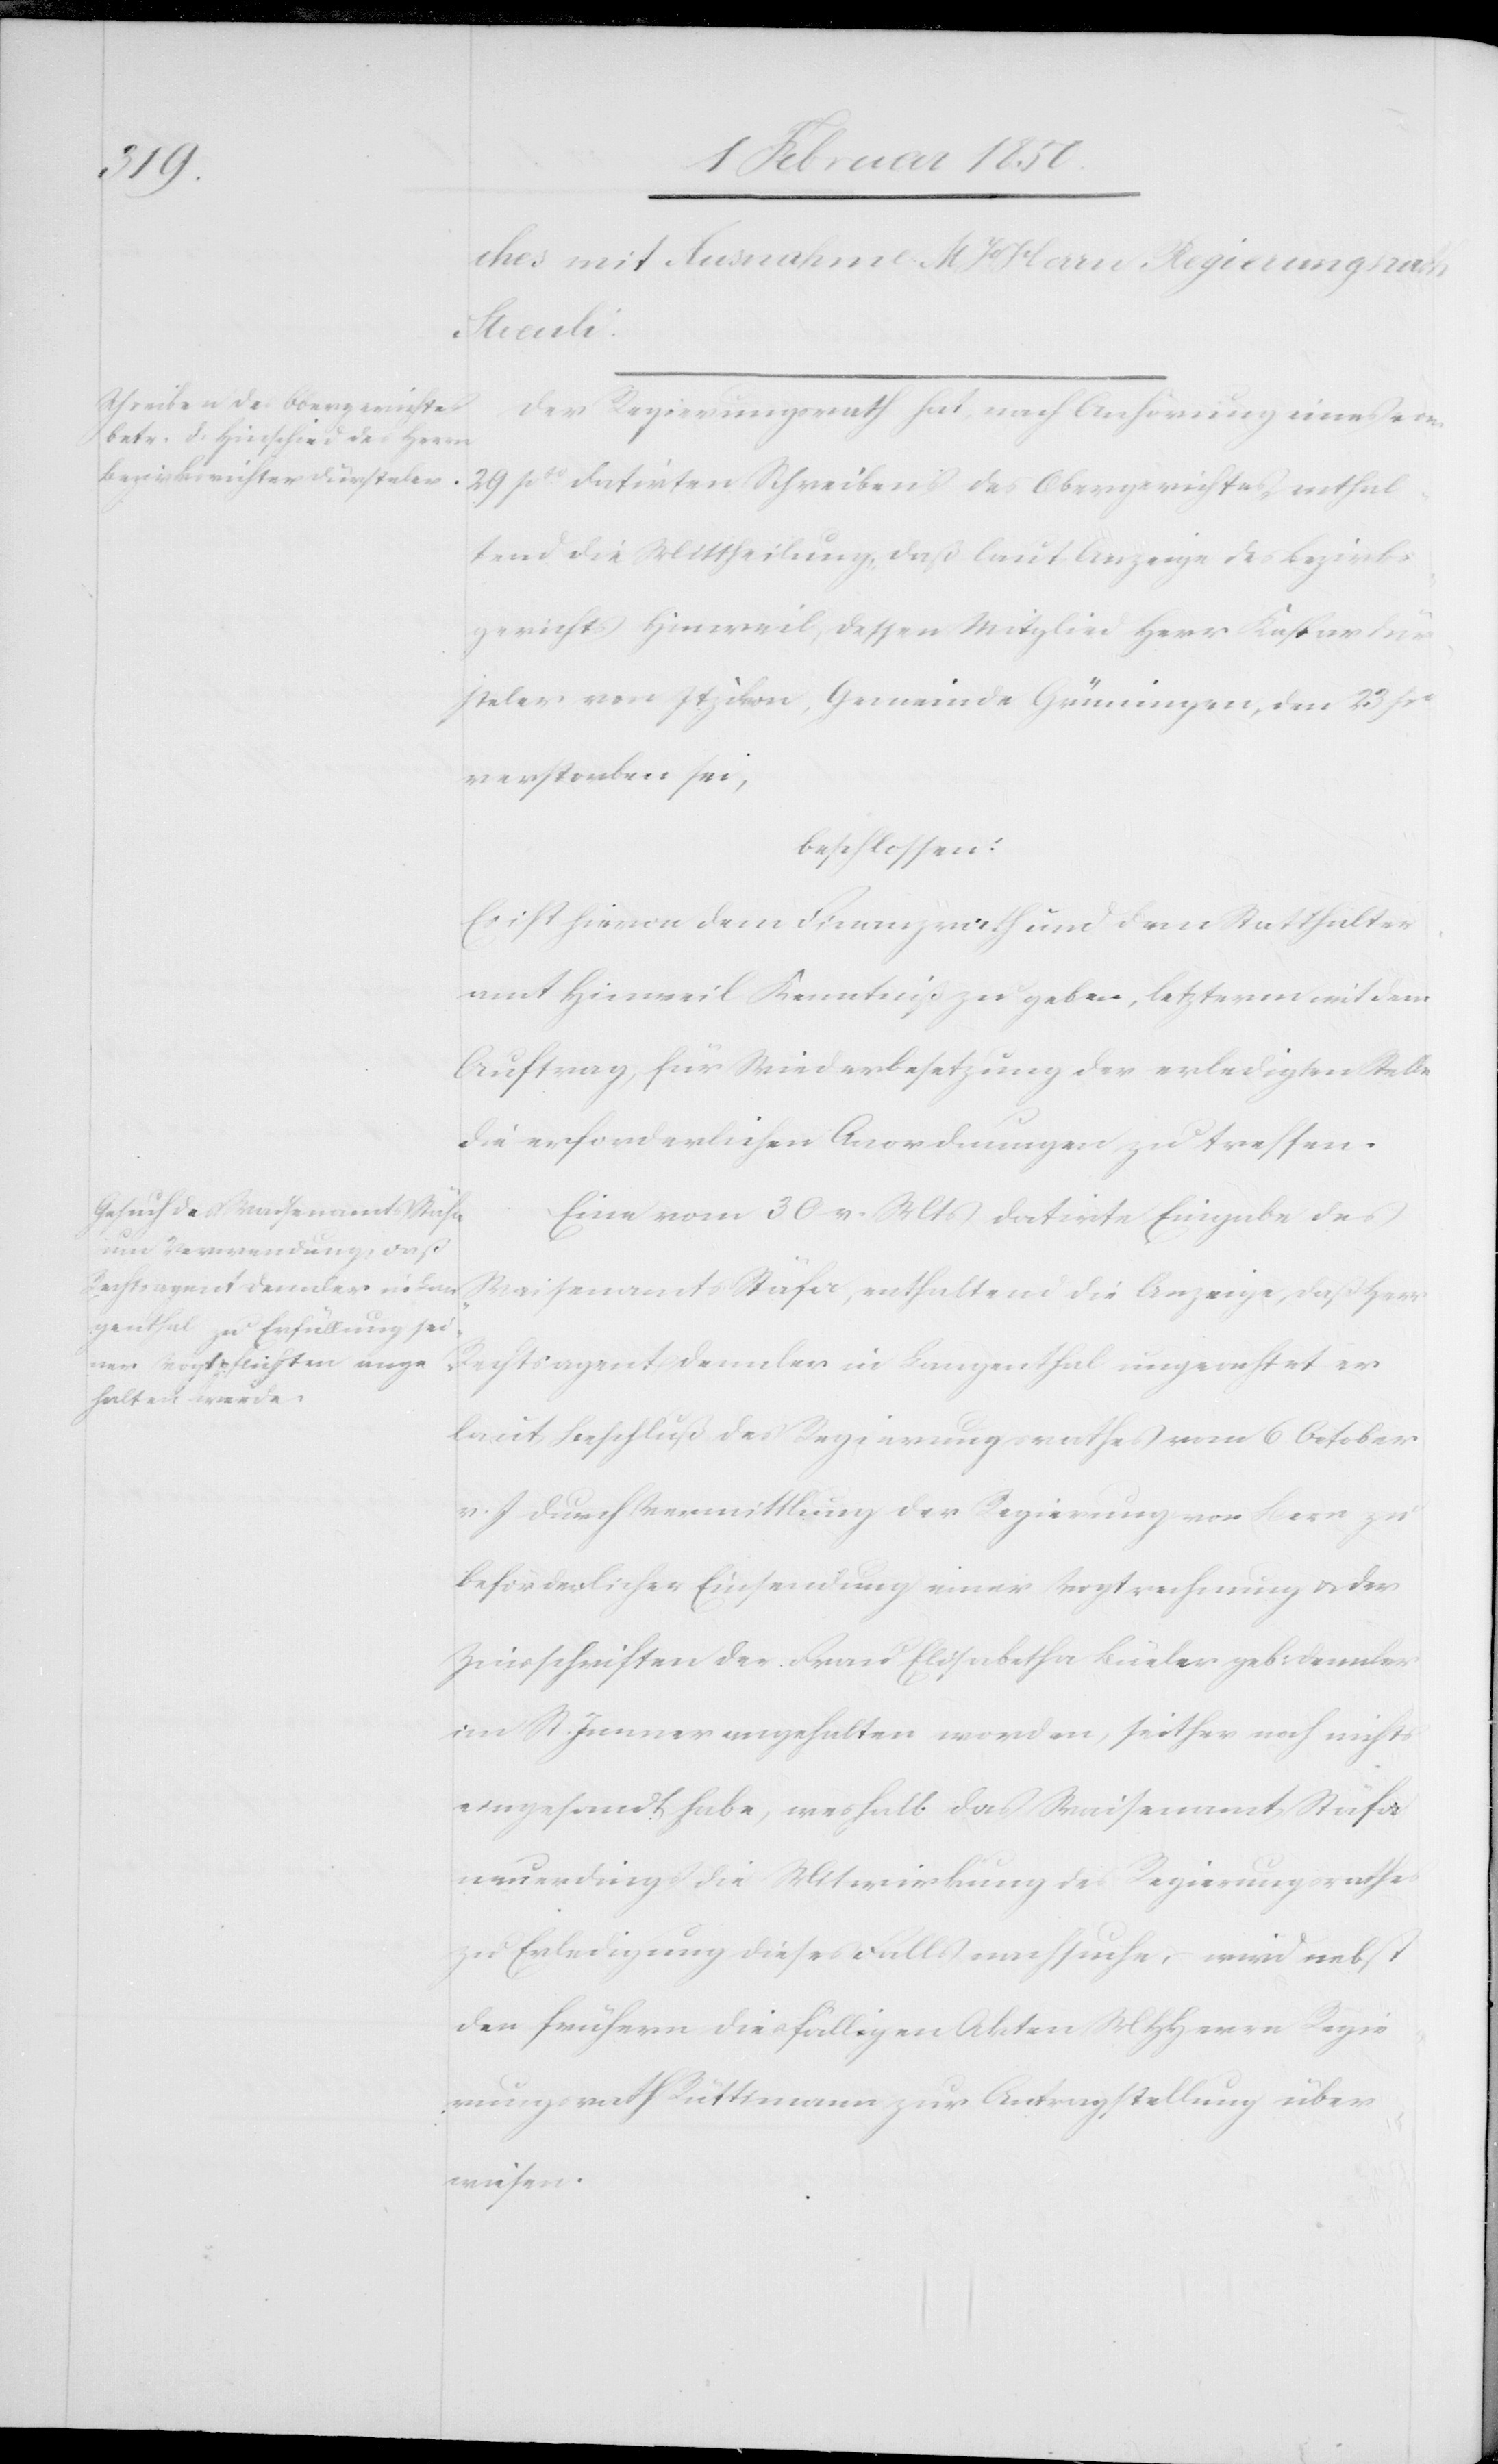
Der Regierungsrath hat, nach Anhörung eines vom
29 pto datirten Schreibens des Obergerichtes, enthal¬
tend die Mittheilung, daß laut Anzeige des Bezirks¬
gerichts Hinweil, dessen Mitglied Herr Kaspar Dür¬
steler von Itzikon, Gemeinde Grüningen, den 23 po
verstorben sei,
beschlossen:
Es ist hievon dem Finanzrath und dem Statthalter¬
amt Hinweil Kenntniß zu geben, letzterm mit dem
Auftrag, für Wiederbesetzung der erledigten Stelle
die erforderlichen Anordnungen zu treffen.
Eine vom 30 v. Mts datirte Eingabe des
Waisenamts Stäfa, enthaltend die Anzeige, daß Herr
Rechtsagent Dennler in Langenthal ungeachtet er
laut Beschluß des Regierungsrathes vom 6 October
v. J. durch Vermittlung der Regierung von Bern zu
beförderlicher Einsendung einer Vogtrechnung u. der
Zinsschriften der Frau Elisabetha Büeler geb: Dennler
[? St. Junner] angehalten worden, seither noch nicht
eingesendet habe, weshalb das Waisenamt Stäfa
neuerdings die Mitwirkung des Regierungsrathes
zu Erledigung dieses Falls nachsuche, wird nebst
der frühern diesfälligen Akten MHHerrn Regie¬
rungsrath Rüttimann zur Antragstellung über¬
weisen.